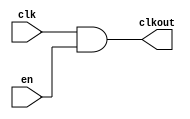
// SPDX-License-Identifier: Apache-2.0
// Copyright (C) 2019 Intel Corporation. All rights reserved
module hdpldadapt_cmn_clkand2
(
        output  wire    clkout,
        input   wire    clk,
        input   wire    en
);

	assign clkout = clk & en;

endmodule // hdpldadapt_cmn_clkand2